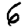
Digit: 6